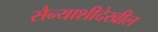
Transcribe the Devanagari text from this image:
सैन्याशीदेखील